Annual returns of the Patna Lunatic Asylum at Bankipore in Bihar and Orissa - 1912-1924
Year: 1912
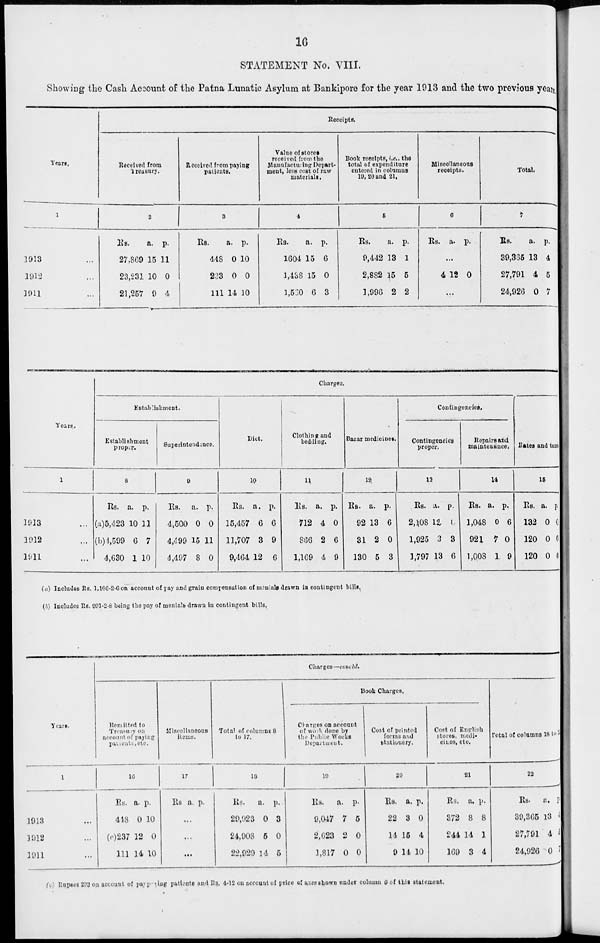
16
STATEMENT No. VIII.
Showing the Cash Account of the Patna Lunatic Asylum at Bankipore for the year 1913 and the two previous years.
Years.
1
1913 ...
1912 ...
1911 ...
Receipts.
Received from
Treasury.
2
Rs.
27,869
23,231
21,257
a.
15
10
9
p.
11
0
4
Received from paying
patients.
3
Rs.
448
223
111
a.
0
0
14
p.
10
0
10
Value of stores
received from the
Manufacturing Depart-
ment, less cost of raw
materials.
4
Rs.
1604
1,438
1,530
a.
15
15
6
p.
6
0
3
Book receipts, i.e.. the
total of expenditure
entered in columns
19, 20 and 21.
5
Rs.
9,442
2,882
1,996
a.
13
15
2
p.
1
5
2
Miscellaneous
receipts.
6
Rs.
a. p.
...
4 12 0
...
Total.
7
Rs.
39,335
27,791
24,926
a.
13
4
0
p.
4
5
7
Years.
1
1913 ...
1912 ...
1911 ...
Charges.
Establishment.
Establishment
proper.
8
Rs.
(a)5,423
(b)) 1,599
4,630
a.
10
6
1
p.
11
7
10
Superintondjnee.
9
Rs.
4,500
4,499
4,497
a.
0
15
8
p.
0
11
0
Diet.
10
Rs.
15,457
11,707
9,464
a.
6
3
12
p.
6
9
6
Clothing and
bedding.
11
Rs.
712
806
1,169
a.
4
2
4
p.
0
6
9
Bazar medicines.
12
Rs.
92
31
130
a.
13
2
5
p.
6
0
3
Contingencies.
Contingencies
proper.
13
Rs.
2,108
1,925
1,797
a.
12
3
13
p.
0
3
6
Repairs and
maintenance.
14
Rs.
1,048
921
1,008
a.
0
7
1
p.
6
0
9
Rates and taxes.
15
Rs.
132
120
120
a.
0
0
0
p.
0
0
0
(a) Includes Rs. 1,106-2-6 on account of pay and grain compensation of mentals drawn in contingent bills.
(b) Includes R6. 001-2-8 being the pay of mentals drawn in contingent bills.
Years.
1
1913 ...
1912 ...
1911 ...
Charges— concld.
Remitted to
Treasury on
account of paying
patients, etc.
16
Rs.
448
(c)237
111
a.
0
12
14
p.
10
0
10
Miscellaneous
items.
17
Rs a. p.
...
...
...
Total of columns 8
to 17.
18
Rs.
29,923
24,908
22,929
a.
0
5
14
p.
3
0
5
Book Charges.
Charges on account
of work done by
the Public Works
Department.
19
Rs.
9,047
2,623
1,817
a.
7
2
0
p.
5
0
0
Cost of printed
forms and
stantionery.
20
Rs.
22
14
9
a.
3
15
14
p.
0
4
10
Cost of English
stores. medi-
ciles, etc.
21
Rs.
372
244
169
a.
8
14
3
p.
8
1
4
Total of columns 18 to 20
22
Rs.
39,365
27,791
24,926
a.
13
4
0
p.
4
5
7
(c) Rupees 223 on account of paying
patients and Rs. 4-12 on account of price of axes shown under column 6 of this statement.